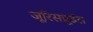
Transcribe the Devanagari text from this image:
जूरिसप्रूडेंस